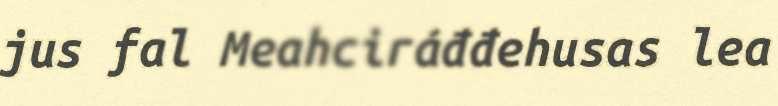
jus fal Meahciráđđehusas lea